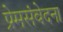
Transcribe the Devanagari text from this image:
प्रेमसंवेदना